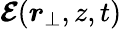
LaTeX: \boldsymbol{\mathcal{E}}({\boldsymbol{r}}_{\perp},z,t)